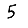
Digit: 5